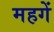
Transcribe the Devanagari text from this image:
महगें